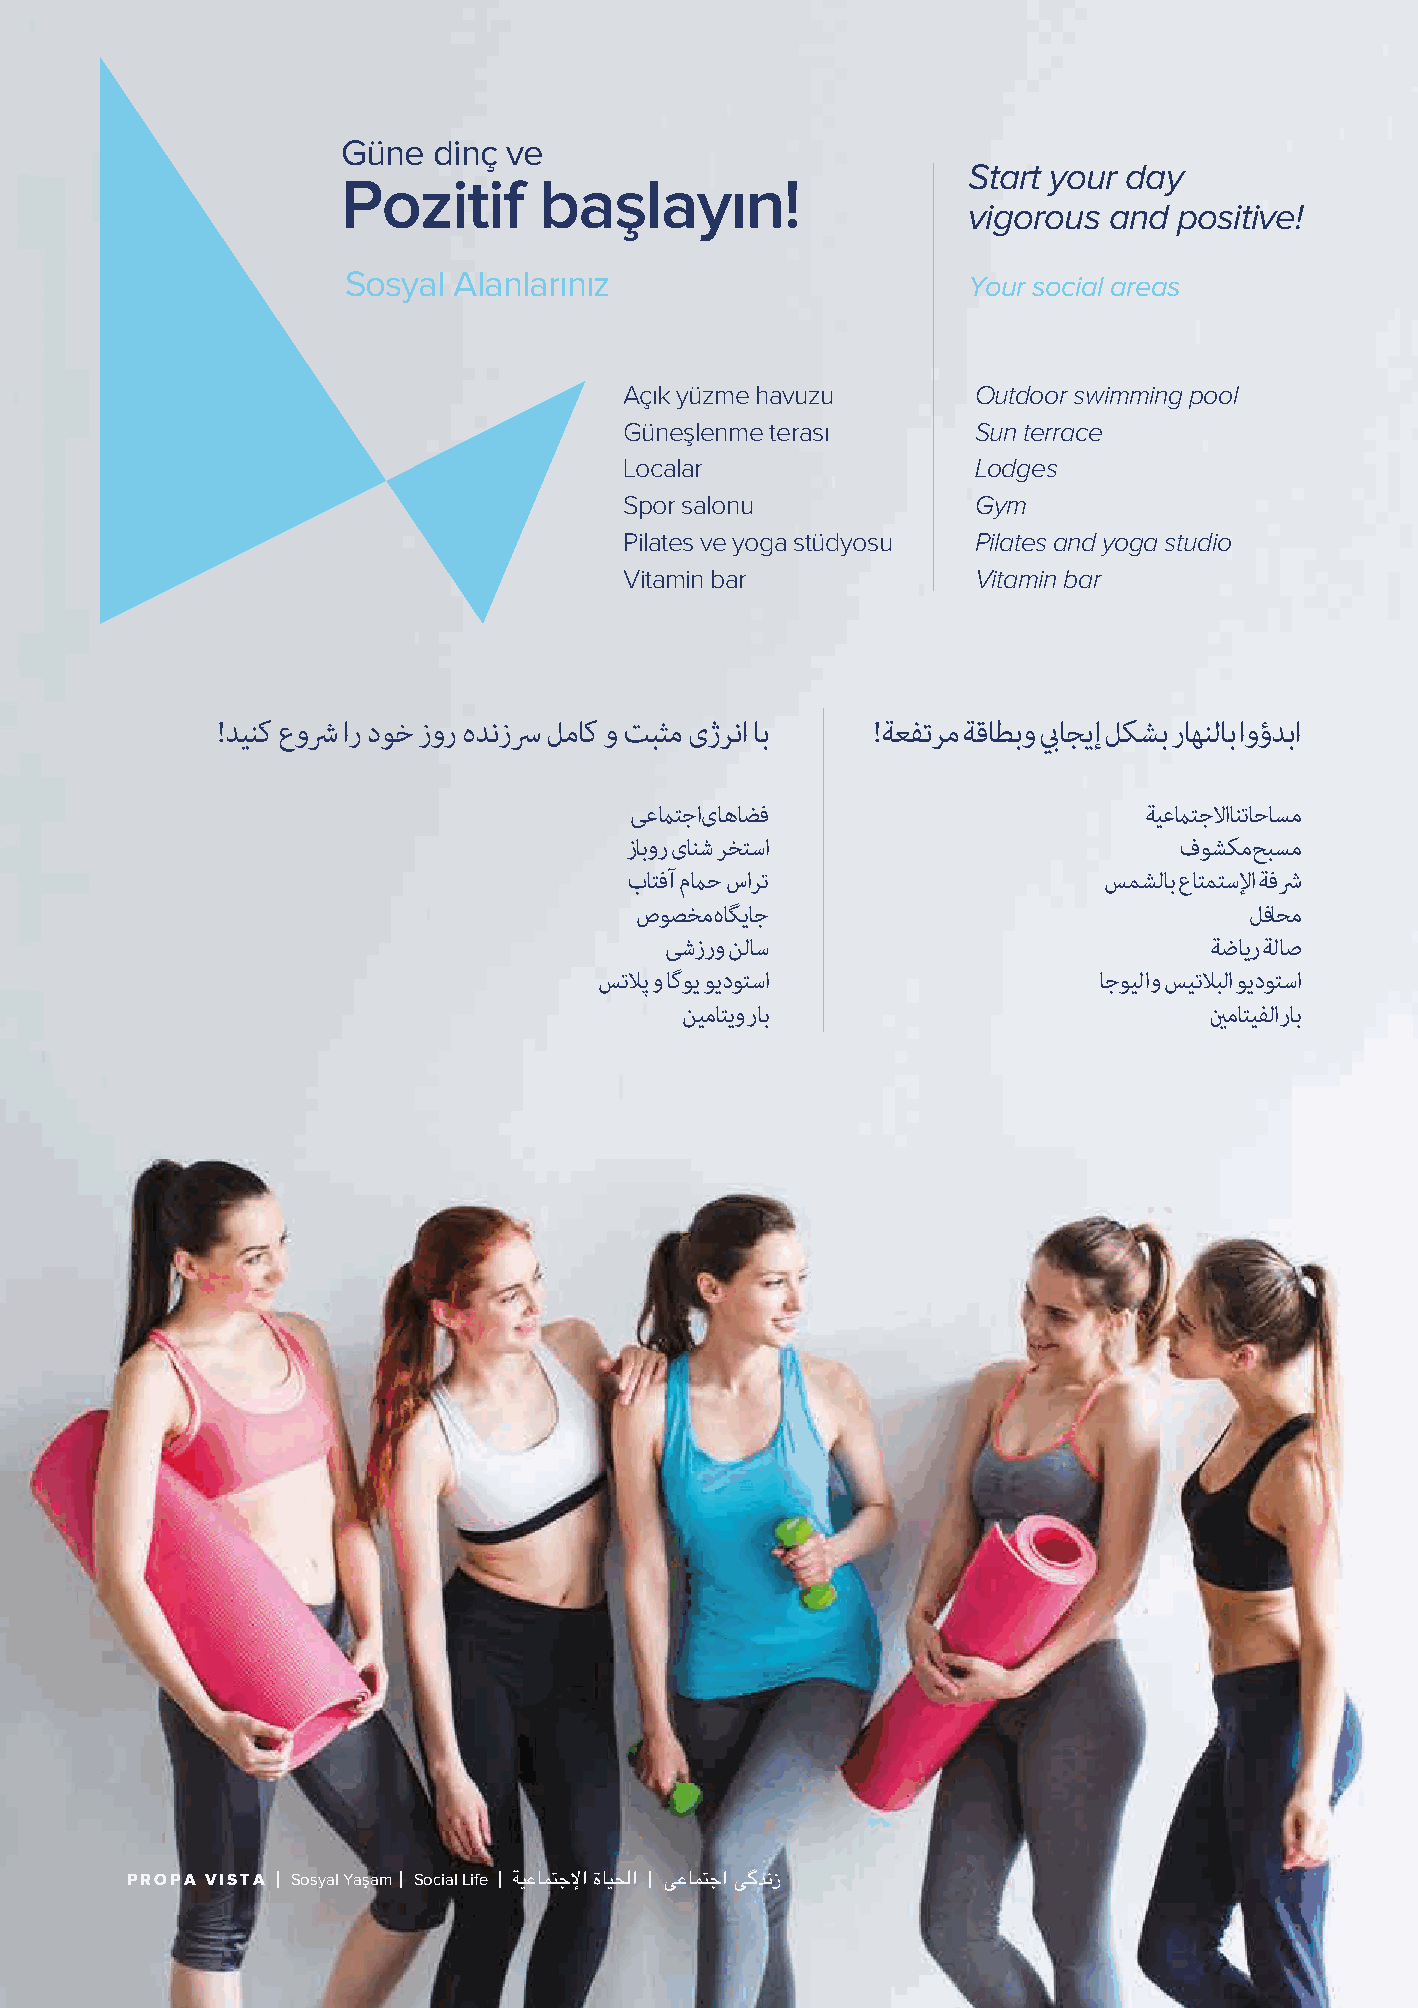
Güne  dinç ve
 Start your day
 Pozitif      başlayın!
 vigorous and  positive!
 Sosyal Alanlarınız                       Your social areas
 Açık yüzme havuzu       Outdoor swimming pool
 Güneşlenme terası       Sun terrace
 Localar                 Lodges
 Spor salonu             Gym
 Pilates ve yoga stüdyosu Pilates and yoga studio
 Vitamin bar             Vitamin bar
 !ﺪﯿﻨﮐ عوﴍ ار دﻮﺧ زور هﺪﻧزﴎ ﻞﻣﺎﮐ و ﺖﺒﺜﻣ یژﺮﻧا ﺎﺑ !ﺔﻌﻔﺗﺮﻣ ﺔﻗﺎﻄﺑو بيﺎﺠﻳإ ﻞﻜﺸﺑ رﺎﻬﻨﻟﺎﺑ اوؤﺪﺑا
 ﯽﻋماﺘﺟ ایﺎﻫﺎﻀﻓ                    ﺔﻴﻋماﺘﺟﻻ اﺎﻨﺗﺎﺣﺎﺴﻣ
 زﺎﺑور یﺎﻨﺷ ﺮﺨﺘﺳا                     فﻮﺸﻜﻣ ﺢﺒﺴﻣ
 بﺎﺘﻓآ مماﺣ ساﺮﺗ                ﺲﻤﺸﻟﺎﺑ عﺎﺘﻤﺘﺳﻹا ﺔﻓﴍ
 صﻮﺼﺨﻣ هﺎﮕﯾﺎﺟ                             ﻞﻓﺎﺤﻣ
 ﯽﺷزرو ﻦﻟﺎﺳ                          ﺔﺿﺎﻳر ﺔﻟﺎﺻ
 ﺲﺗﻼﭘ و ﺎﮔﻮﯾ ﻮﯾدﻮﺘﺳا              ﺎﺟﻮﻴﻟا و ﺲﻴﺗﻼﺒﻟا ﻮﻳدﻮﺘﺳا
 ﻦﯿﻣﺎﺘﯾو رﺎﺑ                        ينﻣﺎﺘﻴﻔﻟ ارﺎﺑ
 PROPA VISTA Sosyal Yaşam Social Life ﺔﻴﻋﺎﳣﺟﻹﺍ ﺓﺎﻴﳊﺍ ﯽﻋﺎﳣﺟﺍ ﯽﮔﺪﻧﺯ